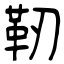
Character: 靭